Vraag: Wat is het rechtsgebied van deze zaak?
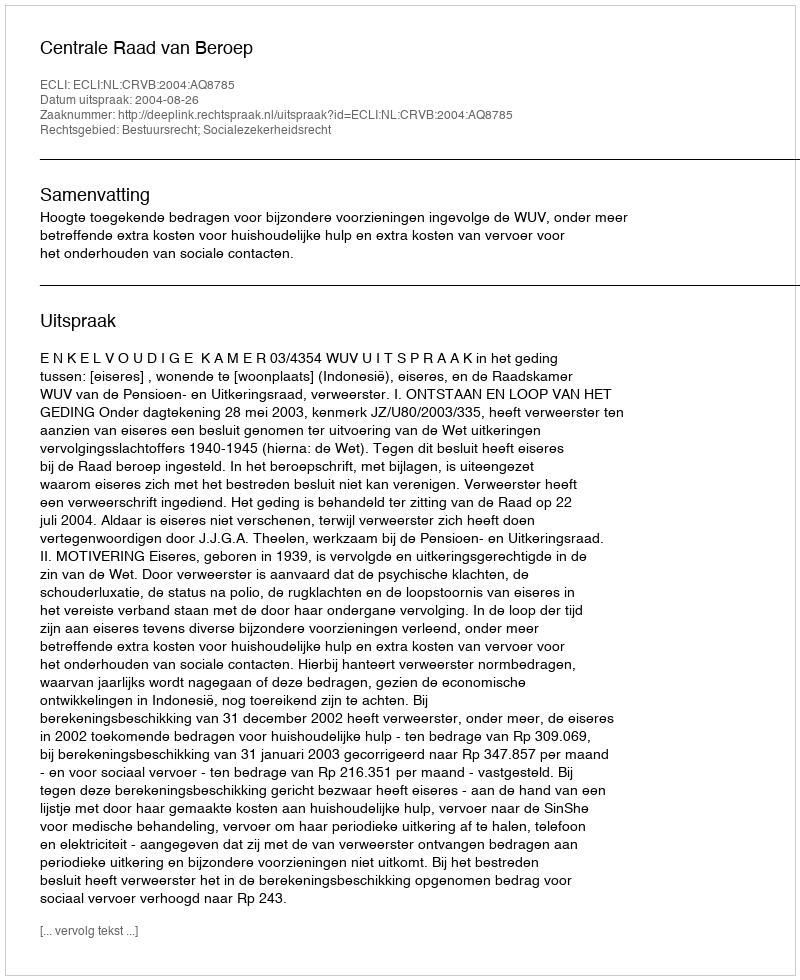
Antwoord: Bestuursrecht; Socialezekerheidsrecht